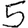
Digit: 5